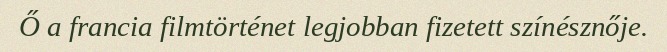
Ő a francia filmtörténet legjobban fizetett színésznője.